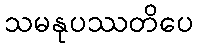
သမနုပဿတိပေ